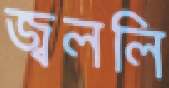
জ্বললি